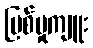
ပြစ်မှုကျူး